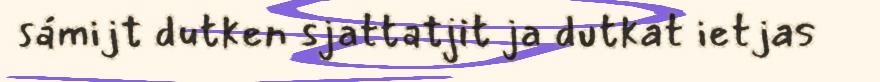
sámijt dutken sjattatjit ja dutkat ietjas